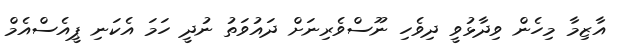
އާޒިމާ މިހެން ވިދާޅުވީ ދިވެހި ނޫސްވެރިނަށް ދައުވަތު ނުދީ ހަމަ އެކަނި ޕީއެސްއެމް